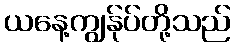
ယနေ့ကျွန်ုပ်တို့သည်